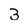
Character: 3